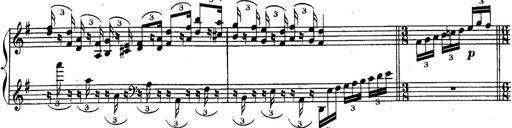
Title: Sonatina for Piano
Composer: BÃ©la BartÃ³k